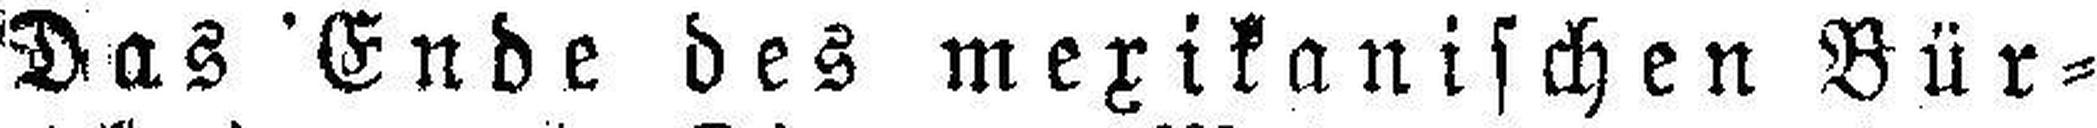
Das Ende des mexikanischen Bür¬